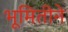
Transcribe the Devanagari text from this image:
भूमितीने